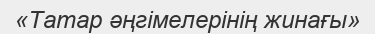
«Татар әңгімелерінің жинағы»